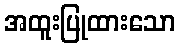
အထူးပြုထားသော